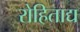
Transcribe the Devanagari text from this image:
रोहिताद्य